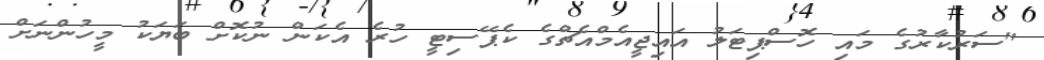
"ސަރުކާރުގެ މައި ހޮސްޕިޓަލު އައިޖީއެމްއެޗްގެ ކެޕޭސިޓީ ހުރެ އެކަން ނުކޮށް ބަޔަކު މީހުންނަށް